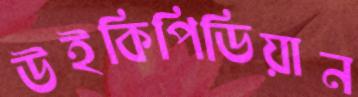
উইকিপিডিয়ান